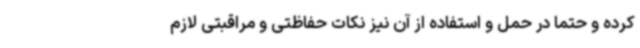
کرده و حتما در حمل و استفاده از آن نیز نکات حفاظتی و مراقبتی لازم